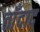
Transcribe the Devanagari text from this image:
ताँदाद